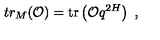
t r _ { M } ( { \cal O } ) = \mathrm { t r } \left( { \cal O } q ^ { 2 H } \right) \ ,